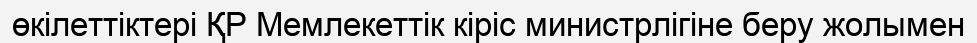
өкілеттіктері ҚР Мемлекеттік кіріс министрлігіне беру жолымен